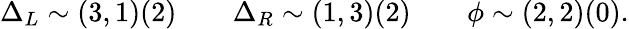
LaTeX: \Delta_{L}\sim(3,1)(2)\qquad\Delta_{R}\sim(1,3)(2)\qquad\phi\sim(2,2)(0).